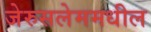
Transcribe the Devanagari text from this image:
जेरुसलेममधील